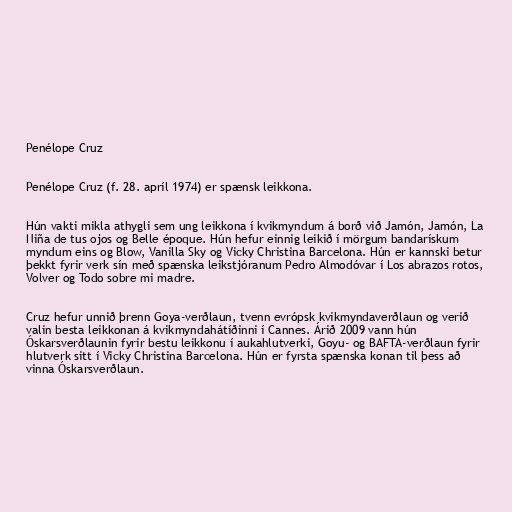
Penélope Cruz

Penélope Cruz (f. 28. apríl 1974) er spænsk leikkona.

Hún vakti mikla athygli sem ung leikkona í kvikmyndum á borð við Jamón, Jamón, La
Niña de tus ojos og Belle époque. Hún hefur einnig leikið í mörgum bandarískum
myndum eins og Blow, Vanilla Sky og Vicky Christina Barcelona. Hún er kannski betur
þekkt fyrir verk sín með spænska leikstjóranum Pedro Almodóvar í Los abrazos rotos,
Volver og Todo sobre mi madre.

Cruz hefur unnið þrenn Goya-verðlaun, tvenn evrópsk kvikmyndaverðlaun og verið
valin besta leikkonan á kvikmyndahátíðinni í Cannes. Árið 2009 vann hún
Óskarsverðlaunin fyrir bestu leikkonu í aukahlutverki, Goyu- og BAFTA-verðlaun fyrir
hlutverk sitt í Vicky Christina Barcelona. Hún er fyrsta spænska konan til þess að
vinna Óskarsverðlaun.